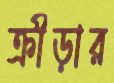
ক্রীড়ার